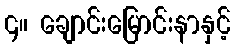
၄။ ချောင်းမြောင်းနာနှင့်